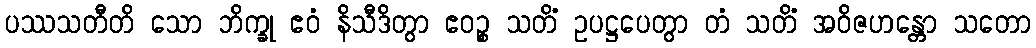
ပဿသတီတိ သော ဘိက္ခု ဧဝံ နိသီဒိတွာ ဧဝဉ္စ သတိံ ဥပဋ္ဌပေတွာ တံ သတိံ အဝိဇဟန္တော သတော